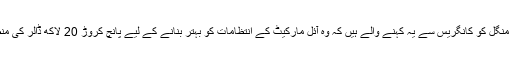
مسٹر اوباما منگل کو کانگریس سے یہ کہنے والے ہیں کہ وہ آئل مارکیٹ کے انتظامات کو بہتر بنانے کے لیے پانچ کروڑ 20 لاکھ ڈالر کی منظوری دے۔